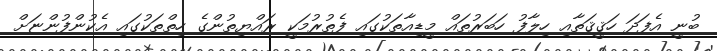
ބުނީ އެފަދަ ހަޤީޤަތާއި ހިލާފު ހަބަރުތައް މީޑިއާތަކުގައި ފެތުރުމަކީ ރައްޔިތުންގެ ހިތްތަކުގައި އެކުންފުންޏަށް